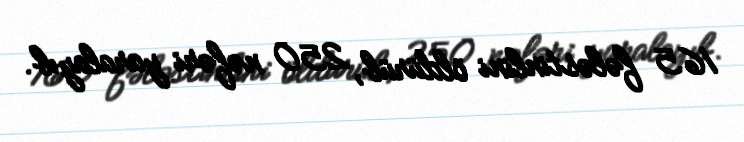
165 fələstinlini öldürüb, 250 nəfəri yaralayıb.